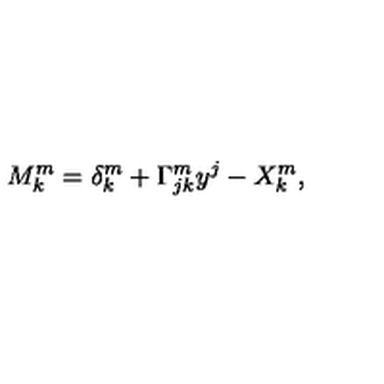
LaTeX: M _ { k } ^ { m } = \delta _ { k } ^ { m } + \Gamma _ { j k } ^ { m } y ^ { j } - X _ { k } ^ { m } ,